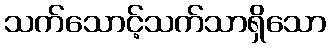
သက်သောင့်သက်သာရှိသော